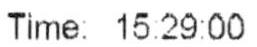
TIME: 15:29:00